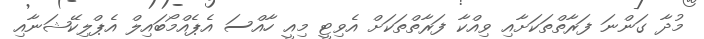
މުދާ ގަންނަ ފަރާތްތަކަށާއި ވިއްކާ ފަރާތްތަކަށް އެވިޓީ މިއީ ހާއްސަ އެޕެއްމޯބައިލް އެޕްލިކޭޝަނާއި